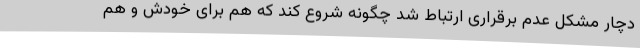
دچار مشکل عدم برقراری ارتباط شد چگونه شروع کند که هم برای خودش و هم